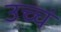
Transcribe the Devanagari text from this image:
उच्चं